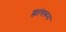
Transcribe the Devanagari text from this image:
ह्यांवरून